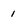
Character: 1